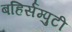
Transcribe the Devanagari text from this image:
बहिर्सम्पुटी